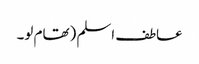
عاطف اسلم (تھام لو۔